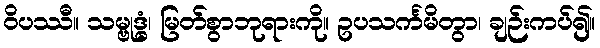
ဝိပဿီ။ သမ္ဗုဒ္ဓံ၊ မြတ်စွာဘုရားကို။ ဥပသင်္ကမိတွာ၊ ချဉ်းကပ်၍။